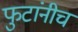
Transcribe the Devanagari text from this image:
फुटांनीच